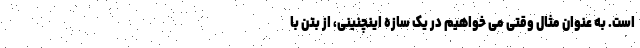
است. به عنوان مثال وقتی می خواهیم در یک سازه اینچنینی، از بتن با